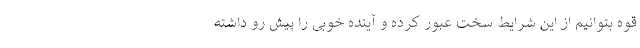
قوه بتوانیم از این شرایط سخت عبور کرده و آینده خوبی را پیش رو داشته